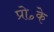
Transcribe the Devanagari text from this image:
प्रो॰के